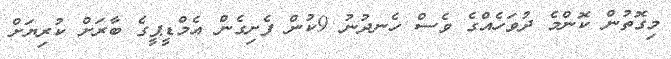
މިގޮތުން ކޮންމެ ދުވަހެއްގެ ވެސް ހެނދުނު 9ކުން ފެށިގެން އެމްޑީޕީގެ ބާރަށް ކުރިޔަށް